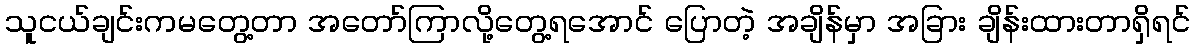
သူငယ်ချင်းကမတွေ့တာ အတော်ကြာလို့တွေ့ရအောင် ပြောတဲ့ အချိန်မှာ အခြား ချိန်းထားတာရှိရင်